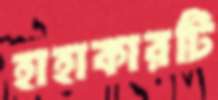
হাহাকারটি